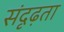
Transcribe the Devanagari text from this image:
संदृढ़ता